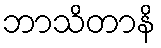
ဘာသိတာနိ